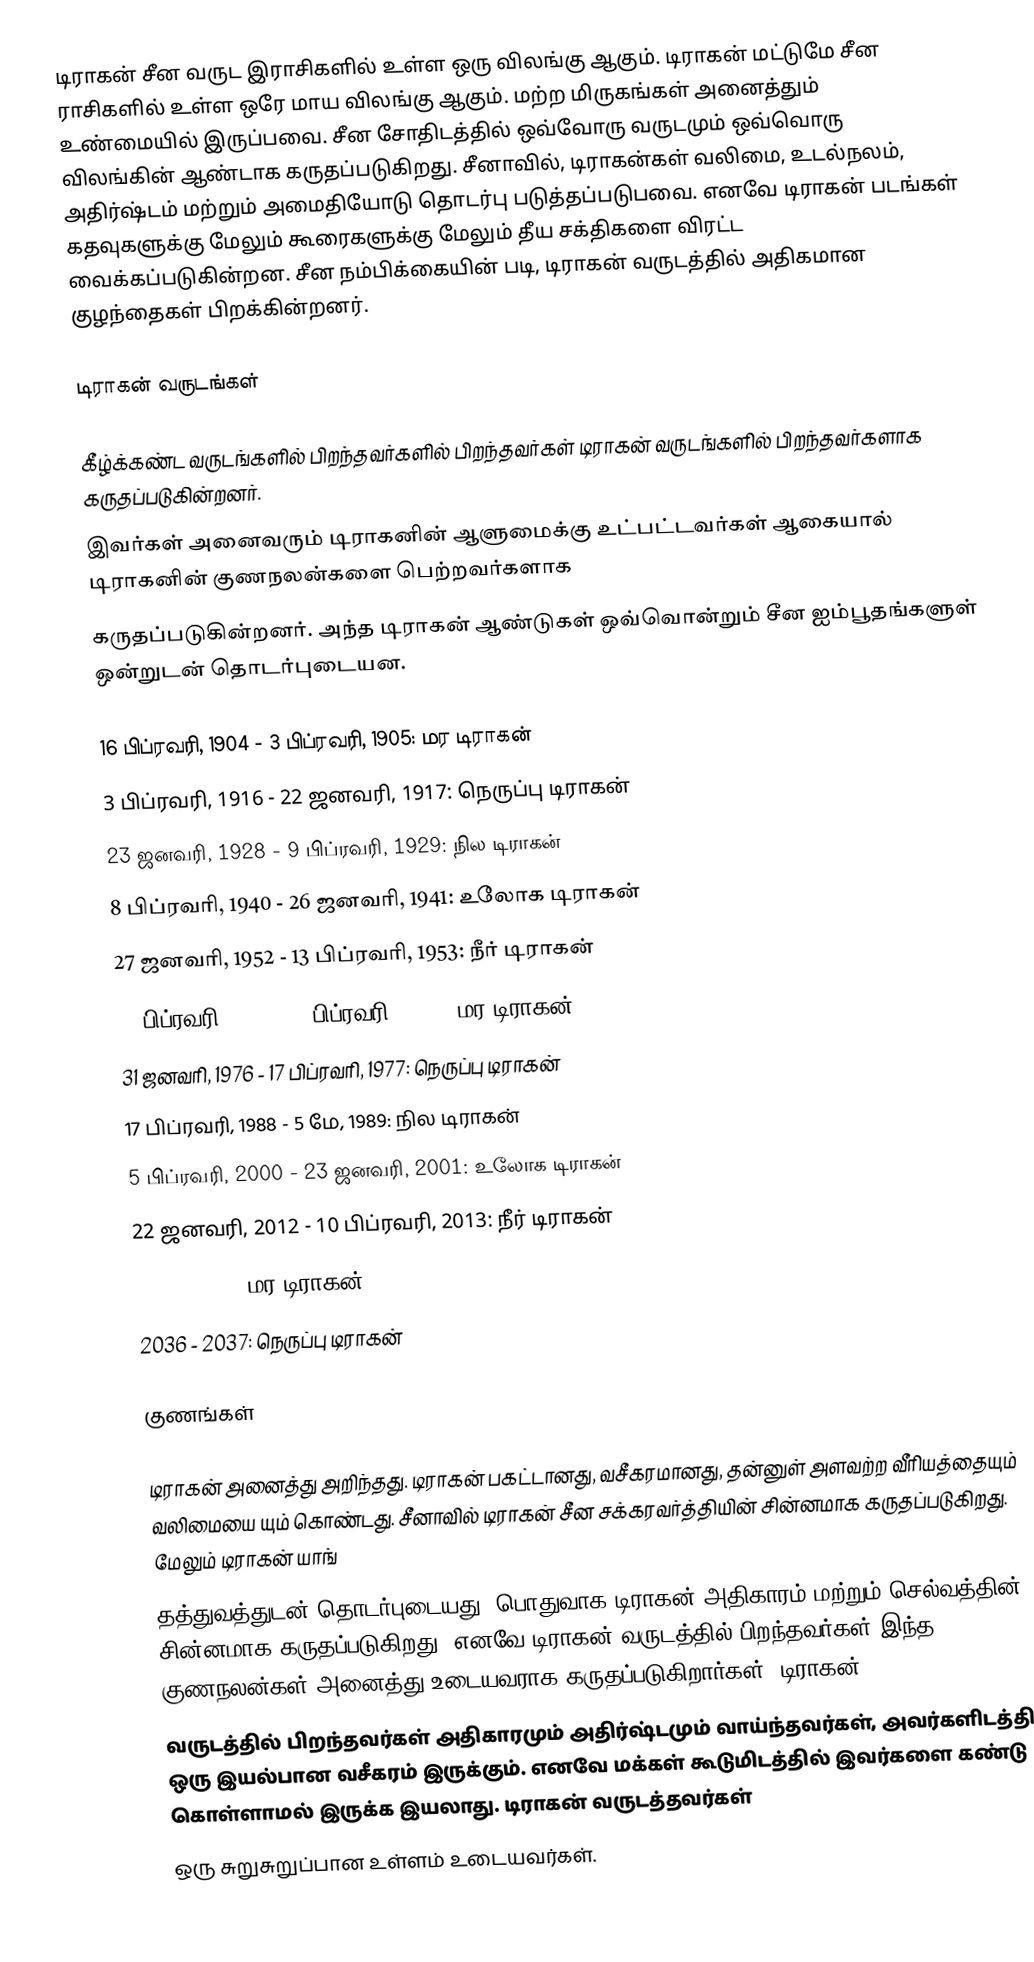
டிராகன் சீன வருட இராசிகளில் உள்ள ஒரு விலங்கு ஆகும். டிராகன் மட்டுமே சீன ராசிகளில் உள்ள ஒரே மாய விலங்கு ஆகும். மற்ற மிருகங்கள் அனைத்தும் உண்மையில் இருப்பவை. சீன சோதிடத்தில் ஒவ்வோரு வருடமும் ஒவ்வொரு விலங்கின் ஆண்டாக கருதப்படுகிறது. சீனாவில், டிராகன்கள் வலிமை, உடல்நலம், அதிர்ஷ்டம் மற்றும் அமைதியோடு தொடர்பு படுத்தப்படுபவை. எனவே டிராகன் படங்கள்  கதவுகளுக்கு மேலும் கூரைகளுக்கு மேலும் தீய சக்திகளை விரட்ட வைக்கப்படுகின்றன. சீன நம்பிக்கையின் படி, டிராகன் வருடத்தில் அதிகமான குழந்தைகள் பிறக்கின்றனர்.

டிராகன் வருடங்கள்

கீழ்க்கண்ட வருடங்களில் பிறந்தவர்களில் பிறந்தவர்கள் டிராகன் வருடங்களில் பிறந்தவர்களாக கருதப்படுகின்றனர்.
இவர்கள் அனைவரும் டிராகனின் ஆளுமைக்கு உட்பட்டவர்கள் ஆகையால் டிராகனின் குணநலன்களை பெற்றவர்களாக
கருதப்படுகின்றனர். அந்த டிராகன் ஆண்டுகள் ஒவ்வொன்றும் சீன ஐம்பூதங்களுள் ஒன்றுடன் தொடர்புடையன.

 16 பிப்ரவரி, 1904 -  3 பிப்ரவரி, 1905: மர டிராகன்
 3 பிப்ரவரி, 1916 - 22 ஜனவரி, 1917: நெருப்பு டிராகன்
 23 ஜனவரி, 1928 -  9 பிப்ரவரி, 1929: நில டிராகன்
 8 பிப்ரவரி, 1940 - 26 ஜனவரி, 1941: உலோக டிராகன்
 27 ஜனவரி, 1952 - 13 பிப்ரவரி, 1953: நீர் டிராகன்
 13 பிப்ரவரி, 1964 -  1 பிப்ரவரி, 1965: மர டிராகன்
 31 ஜனவரி, 1976 - 17 பிப்ரவரி, 1977: நெருப்பு டிராகன்
 17 பிப்ரவரி, 1988 -  5 மே, 1989: நில டிராகன்
 5 பிப்ரவரி, 2000 - 23 ஜனவரி, 2001: உலோக டிராகன்
 22 ஜனவரி, 2012 - 10 பிப்ரவரி, 2013: நீர் டிராகன்
 2024 - 2025: மர டிராகன்
 2036 - 2037: நெருப்பு டிராகன்

குணங்கள்

டிராகன் அனைத்து அறிந்தது. டிராகன் பகட்டானது, வசீகரமானது, தன்னுள் அளவற்ற வீரியத்தையும் வலிமையை யும் கொண்டது. சீனாவில் டிராகன் சீன சக்கரவர்த்தியின் சின்னமாக கருதப்படுகிறது. மேலும் டிராகன் யாங்
தத்துவத்துடன் தொடர்புடையது. பொதுவாக டிராகன் அதிகாரம் மற்றும் செல்வத்தின் சின்னமாக கருதப்படுகிறது. எனவே டிராகன் வருடத்தில் பிறந்தவர்கள் இந்த குணநலன்கள் அனைத்து உடையவராக கருதப்படுகிறார்கள். டிராகன்
வருடத்தில் பிறந்தவர்கள் அதிகாரமும் அதிர்ஷ்டமும் வாய்ந்தவர்கள், அவர்களிடத்தில் ஒரு இயல்பான வசீகரம் இருக்கும். எனவே மக்கள் கூடுமிடத்தில் இவர்களை கண்டு கொள்ளாமல் இருக்க இயலாது.  டிராகன் வருடத்தவர்கள்
ஒரு சுறுசுறுப்பான உள்ளம் உடையவர்கள்.